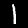
Label: 1